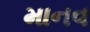
માનવ